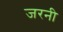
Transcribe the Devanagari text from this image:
जरनी